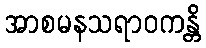
အာစမနသရာဝကန္တိ